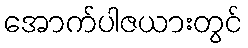
အောက်ပါဇယားတွင်